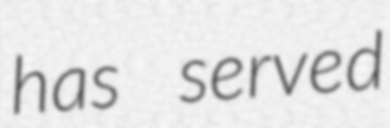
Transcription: has served